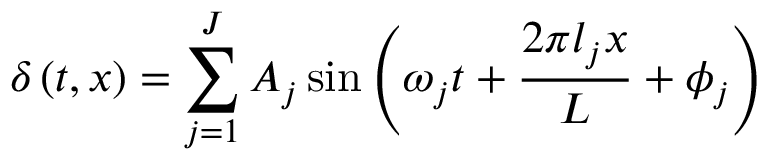
\delta \left( t , x \right) = \sum _ { j = 1 } ^ { J } A _ { j } \sin \left( \omega _ { j } t + \frac { 2 \pi l _ { j } x } { L } + \phi _ { j } \right)